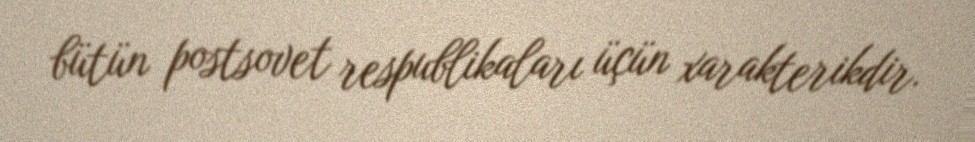
bütün postsovet respublikaları üçün xarakterikdir.